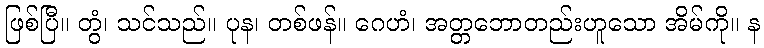
ဖြစ်ပြီ။ တွံ၊ သင်သည်။ ပုန၊ တစ်ဖန်။ ဂေဟံ၊ အတ္တဘောတည်းဟူသော အိမ်ကို။ န